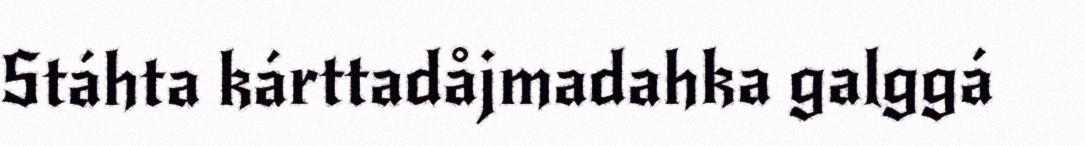
Stáhta kárttadåjmadahka galggá